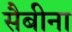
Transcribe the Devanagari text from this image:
सैबीना